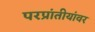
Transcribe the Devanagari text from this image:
परप्रांतीयांवर